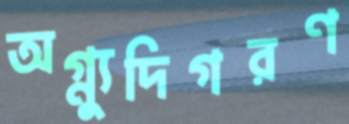
অগ্ন্যুদিগরণ